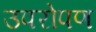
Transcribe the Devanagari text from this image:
उपरोपण